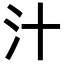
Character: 汁